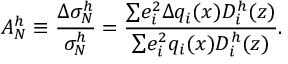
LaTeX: A _ { N } ^ { h } \equiv \frac { { \Delta } { \sigma } _ { N } ^ { h } } { { \sigma } _ { N } ^ { h } } = \frac { { \sum } e _ { i } ^ { 2 } { { \Delta } q _ { i } ( x ) } D _ { i } ^ { h } ( z ) } { { \sum } e _ { i } ^ { 2 } q _ { i } ( x ) D _ { i } ^ { h } ( z ) } .